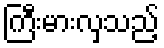
ကြီးမားလှသည့်